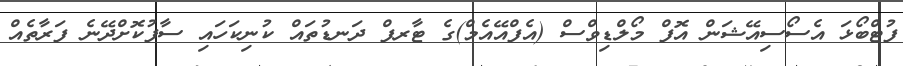
ފުޓްބޯޅަ އެސޯސިއޭޝަން އޮފް މޯލްޑިވްސް (އެފްއޭއެމް)ގެ ޓާރފް ދަނޑުތައް ކުނިކަހައި ސާފުކޮށްދޭނެ ފަރާތެއް